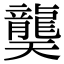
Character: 龑